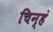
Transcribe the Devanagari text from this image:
चिन्हं